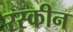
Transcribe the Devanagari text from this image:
रस्कीन